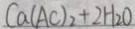
C a ( A C ) _ { 2 } + 2 H _ { 2 } O